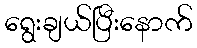
ရွေးချယ်ပြီးနောက်